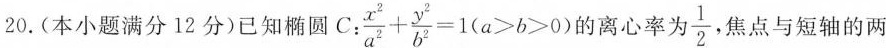
20.(本小题满分12分)已知椭圆C： $$\frac{x^{2}}{a^{2}} + \frac{y^{2}}{b^{2}} = 1$$(a>b>0) 的离心率为 \frac{1}{2} ，焦点与短轴的两